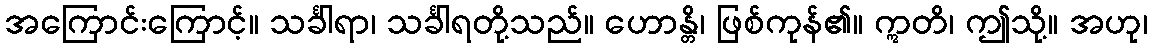
အကြောင်းကြောင့်။ သင်္ခါရာ၊ သင်္ခါရတို့သည်။ ဟောန္တိ၊ ဖြစ်ကုန်၏။ ဣတိ၊ ဤသို့။ အဟု၊